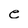
Character: e